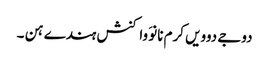
دوجے دوویں کرم نانوَ واکنش ہندے ہن ۔